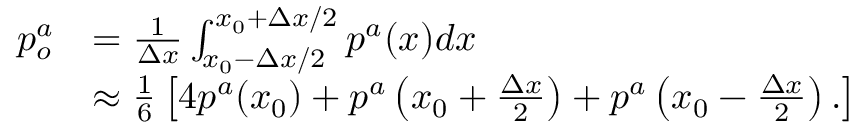
\begin{array} { r l } { p _ { o } ^ { a } } & { = \frac { 1 } { \Delta x } \int _ { x _ { 0 } - \Delta x / 2 } ^ { x _ { 0 } + \Delta x / 2 } p ^ { a } ( x ) d x } \\ & { \approx \frac { 1 } { 6 } \left[ 4 p ^ { a } ( x _ { 0 } ) + p ^ { a } \left( x _ { 0 } + \frac { \Delta x } { 2 } \right) + p ^ { a } \left( x _ { 0 } - \frac { \Delta x } { 2 } \right) . \right] } \end{array}